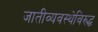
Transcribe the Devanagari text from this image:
जातीव्यवस्थेविरुद्ध